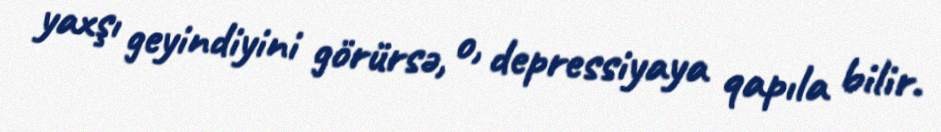
yaxşı geyindiyini görürsə, o, depressiyaya qapıla bilir.